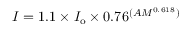
I = 1 . 1 \times I _ { \mathrm { o } } \times 0 . 7 6 ^ { ( A M ^ { 0 . 6 1 8 } ) }